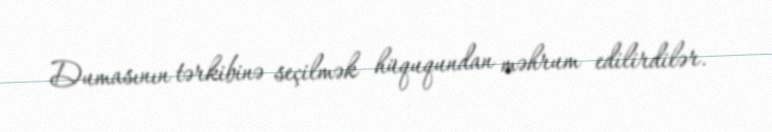
Dumasının tərkibinə seçilmək hüququndan məhrum edilirdilər.